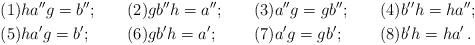
LaTeX: \begin{align*} \textup{(1)} &ha''g = b''; & \textup{(2)} &gb''h = a'';& \textup{(3)} &a'' g = g b''; & \textup{(4)} &b'' h = h a''; \\ \textup{(5)} &ha'g = b'; & \textup{(6)} &gb'h = a';& \textup{(7)} &a' g = g b'; & \textup{(8)} &b' h = h a'\,.\end{align*}